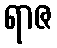
ရာဇ